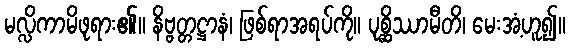
မလ္လိကာမိဖုရား၏။ နိဗ္ဗတ္တဋ္ဌာနံ၊ ဖြစ်ရာအရပ်ကို။ ပုစ္ဆိဿာမီတိ၊ မေးအံ့ဟူ၍။